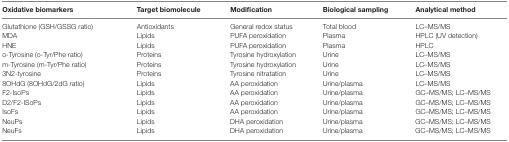
| Oxidative biomarkers | Target biomolecule | Modification | Biological sampling | Analytical method |
 | --- | --- | --- | --- | --- |
 | Glutathione (GSH/GSSG ratio) | Antioxidants | General redox status | Total blood | LC–MS/MS |
 | MDA | Lipids | PUFA peroxidation | Plasma | HPLC (UV detection) |
 | HNE | Lipids | PUFA peroxidation | Plasma | HPLC |
 | o-Tyrosine (o-Tyr/Phe ratio) | Proteins | Tyrosine hydroxylation | Urine | LC–MS/MS |
 | m-Tyrosine (m-Tyr/Phe ratio) | Proteins | Tyrosine hydroxylation | Urine | LC–MS/MS |
 | 3N2-tyrosine | Proteins | Tyrosine nitratation | Urine | LC–MS/MS |
 | 8OHdG (8OHdG/2dG ratio) | Lipids | AA peroxidation | Urine/plasma | LC–MS/MS |
 | F2-IsoPs | Lipids | AA peroxidation | Urine/plasma | GC–MS/MS; LC–MS/MS |
 | D2/F2-ISoPs | Lipids | AA peroxidation | Urine/plasma | GC–MS/MS; LC–MS/MS |
 | IsoFs | Lipids | AA peroxidation | Urine/plasma | GC–MS/MS; LC–MS/MS |
 | NeuPs | Lipids | DHA peroxidation | Urine/plasma | GC–MS/MS; LC–MS/MS |
 | NeuFs | Lipids | DHA peroxidation | Urine/plasma | GC–MS/MS; LC–MS/MS |